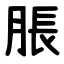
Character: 脹